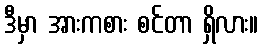
ဒီမှာ အားကစား စင်တာ ရှိလား။